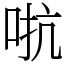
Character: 𫩽